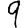
Digit: 9